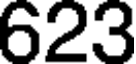
623